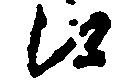
候